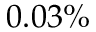
0 . 0 3 \%